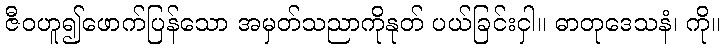
ဇီဝဟူ၍ဖောက်ပြန်သော အမှတ်သညာကိုနုတ် ပယ်ခြင်းငှါ။ ဓာတုဒေသနံ၊ ကို။